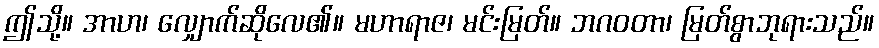
ဤသို့။ အာဟ၊ လျှောက်ဆိုလေ၏။ မဟာရာဇ၊ မင်းမြတ်။ ဘဂဝတာ၊ မြတ်စွာဘုရားသည်။